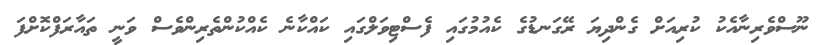
ނޫސްވެރިނާއެކު ކުރިއަށް ގެންދިޔަ ރޭގަނޑުގެ ކެއުމުގައި ފެސްޓިވަލްގައި ކައްކާނެ ކެއްކުންތެރިންވެސް ވަނީ ތައާރަފްކޮށްފަ